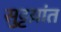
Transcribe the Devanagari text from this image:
सुट्टय़ांत